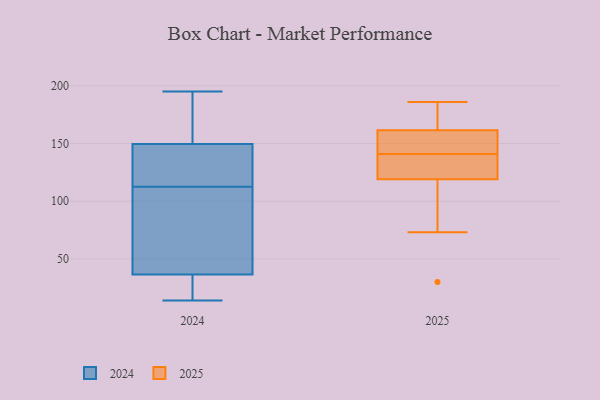
{"axis": {"x": "Market Share (%)", "y": "Value"}, "legend": ["2024", "2025"], "data": [{"x": "", "y": 186, "type": "2025"}, {"x": "", "y": 161, "type": "2025"}, {"x": "", "y": 140, "type": "2025"}, {"x": "", "y": 73, "type": "2025"}, {"x": "", "y": 141, "type": "2025"}, {"x": "", "y": 163, "type": "2025"}, {"x": "", "y": 141, "type": "2025"}, {"x": "", "y": 130, "type": "2025"}, {"x": "", "y": 95, "type": "2025"}, {"x": "", "y": 145, "type": "2025"}, {"x": "", "y": 184, "type": "2025"}, {"x": "", "y": 127, "type": "2025"}, {"x": "", "y": 30, "type": "2025"}, {"x": "", "y": 119, "type": "2024"}, {"x": "", "y": 36, "type": "2024"}, {"x": "", "y": 183, "type": "2024"}, {"x": "", "y": 122, "type": "2024"}, {"x": "", "y": 144, "type": "2024"}, {"x": "", "y": 155, "type": "2024"}, {"x": "", "y": 41, "type": "2024"}, {"x": "", "y": 137, "type": "2024"}, {"x": "", "y": 30, "type": "2024"}, {"x": "", "y": 14, "type": "2024"}, {"x": "", "y": 37, "type": "2024"}, {"x": "", "y": 73, "type": "2024"}, {"x": "", "y": 195, "type": "2024"}, {"x": "", "y": 106, "type": "2024"}, {"x": "", "y": 21, "type": "2024"}, {"x": "", "y": 182, "type": "2024"}]}